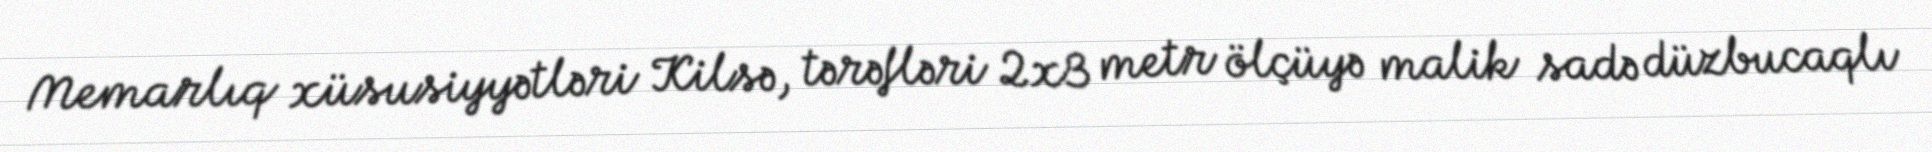
Memarlıq xüsusiyyətləri Kilsə, tərəfləri 2x3 metr ölçüyə malik sadə düzbucaqlı